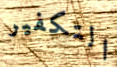
التكفير